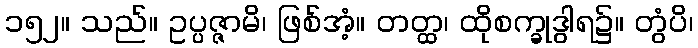
၁၅၂။ သည်။ ဥပ္ပဇ္ဇာမိ၊ ဖြစ်အံ့။ တတ္ထ၊ ထိုစက္ခုဒွါရ၌။ တွံပိ၊